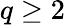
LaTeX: q\geq 2